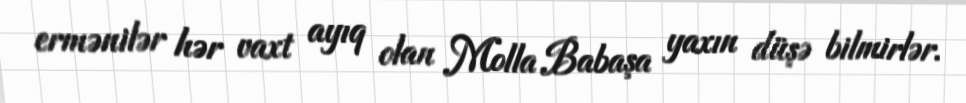
ermənilər hər vaxt ayıq olan Molla Babaşa yaxın düşə bilmirlər.